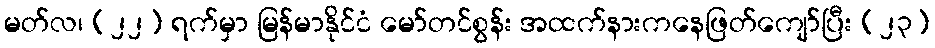
မတ်လ၊ (၂၂) ရက်မှာ မြန်မာနိုင်ငံ မော်တင်စွန်း အထက်နားကနေဖြတ်ကျော်ပြီး (၂၃)